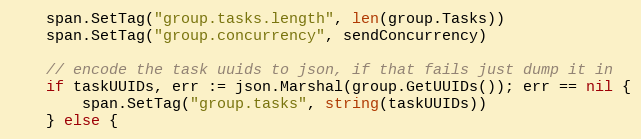
Language: Go
	span.SetTag("group.tasks.length", len(group.Tasks))
	span.SetTag("group.concurrency", sendConcurrency)

	// encode the task uuids to json, if that fails just dump it in
	if taskUUIDs, err := json.Marshal(group.GetUUIDs()); err == nil {
		span.SetTag("group.tasks", string(taskUUIDs))
	} else {